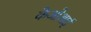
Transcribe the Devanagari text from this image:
केओआई